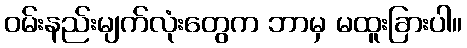
ဝမ်းနည်းမျက်လုံးတွေက ဘာမှ မထူးခြားပါ။